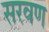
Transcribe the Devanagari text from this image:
सरवण